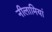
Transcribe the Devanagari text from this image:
नीलामियां